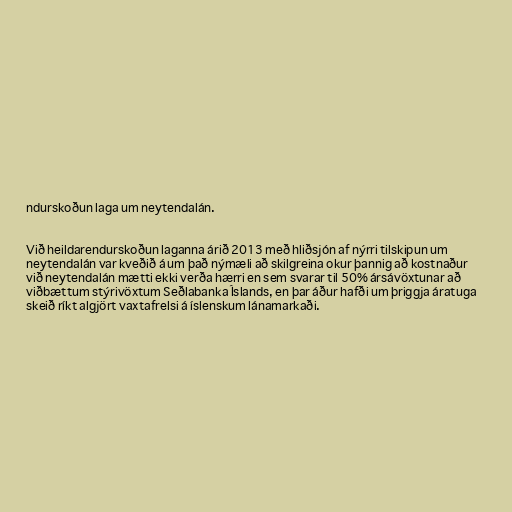
ndurskoðun laga um neytendalán.

Við heildarendurskoðun laganna árið 2013 með hliðsjón af nýrri tilskipun um
neytendalán var kveðið á um það nýmæli að skilgreina okur þannig að kostnaður
við neytendalán mætti ekki verða hærri en sem svarar til 50% ársávöxtunar að
viðbættum stýrivöxtum Seðlabanka Íslands, en þar áður hafði um þriggja áratuga
skeið ríkt algjört vaxtafrelsi á íslenskum lánamarkaði.